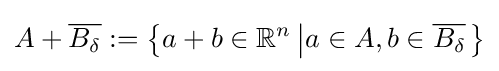
A+{\overline {B_{\delta }}}:=\left\{a+b\in \mathbb {R} ^{n}\left|a\in A,b\in {\overline {B_{\delta }}}\right.\right\}